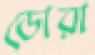
ডোরা